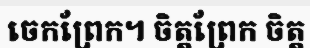
ចេកព្រែក។ ចិត្តព្រែក ចិត្ត